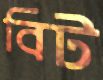
বিট